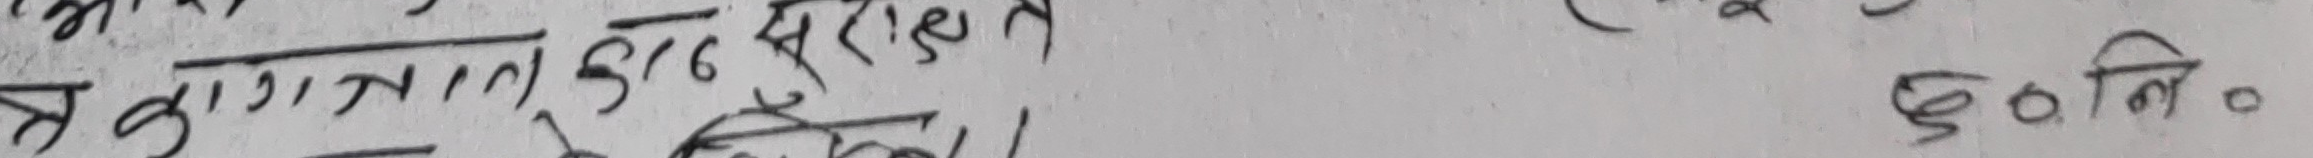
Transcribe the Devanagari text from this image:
वकातन ६७ सुरही १ ह० ५० नि०